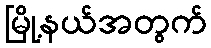
မြို့နယ်အတွက်